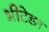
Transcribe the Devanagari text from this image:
भीटेङा